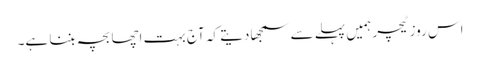
اس روز ٹیچر ہمیں پہلے سے سمجھا دیتے کہ آج بہت اچھا بچہ بننا ہے۔